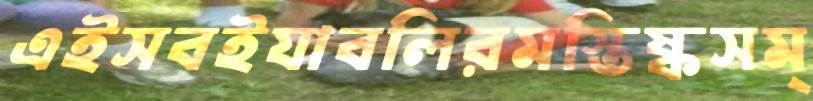
এইসবইযাবলিরমস্তিষ্কসম্